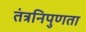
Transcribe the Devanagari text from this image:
तंत्रनिपुणता